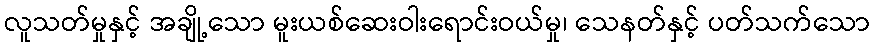
လူသတ်မှုနှင့် အချို့သော မူးယစ်ဆေးဝါးရောင်းဝယ်မှု၊ သေနတ်နှင့် ပတ်သက်သော